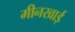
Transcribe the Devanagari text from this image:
मीनखाई